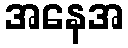
အနေအ